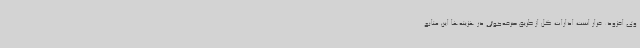
وی افزود: قرار است ادارات کل از طریق صرفه‌جوئی در هزینه‌ها این منابع